Indian journal of veterinary science and animal husbandry - Volumes 18-21, 1948-1951
Year: 1948
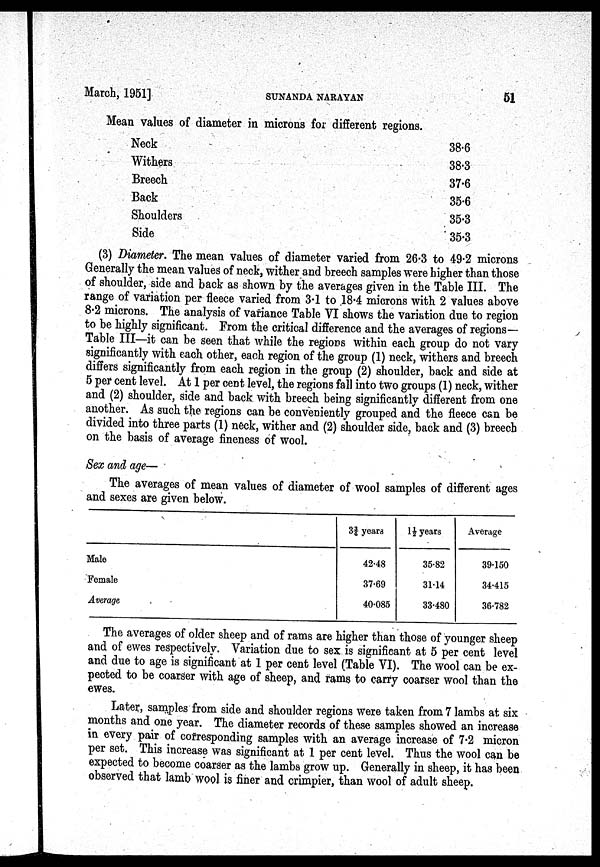
March, 1951]
SUNANDA
NARAYAN
51
Mean values of diameter in microns for different regions.
Neck
Withers
Breech
Back
Shoulders
Side
38.6
38.3
37.6
35.6
35.3
35.3
(3) Diameter. The mean values of diameter varied from 26.3 to 49.2 microns
Generally the mean values of neck, wither and breech samples were higher than those
of shoulder, side and back as shown by the averages given in the Table III. The
range of variation per fleece varied from 3.1 to 18.4 microns with 2 values above
8.2 microns. The analysis of variance Table VI shows the variation due to region
to be highly significant. From the critical difference and the averages of regions-
Table III—it can be seen that while the regions within each group do not vary
significantly with each other, each region of the group (1) neck, withers and breech
differs significantly from each region in the group (2) shoulder, back and side at
5 per cent level. At 1 per cent level, the regions fall into two groups (1) neck, wither
and (2) shoulder, side and back with breech being significantly different from one
another. As such the regions can be conveniently grouped and the fleece can be
divided into three parts (1) neck, wither and (2) shoulder side, back and (3) breech
on the basis of average fineness of wool.
Sex and age—
The averages of mean values of diameter of wool samples of different ages
and sexes are given below.
Male
Female
Average
3¾ years
42.48
37.69
40.085
1½ years
35.82
31.14
33.480
Average
39.150
34.415
36.782
The averages of older sheep and of rams are higher than those of younger sheep
and of ewes respectively. Variation due to sex is significant at 5 per cent level
and due to age is significant at 1 per cent level (Table VI). The wool can be ex-
pected to be coarser with age of sheep, and rams to carry coarser wool than the
ewes.
Later, samples from side and shoulder regions were taken from 7 lambs at six
months and one year. The diameter records of these samples showed an increase
in every pair of corresponding samples with an average increase of 7.2 micron
per set. This increase was significant at 1 per cent level. Thus the wool can be
expected to become coarser as the lambs grow up. Generally in sheep, it has been
observed that lamb wool is finer and crimpier, than wool of adult sheep.